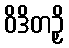
ဝိဒိတဉှိ